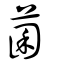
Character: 菌